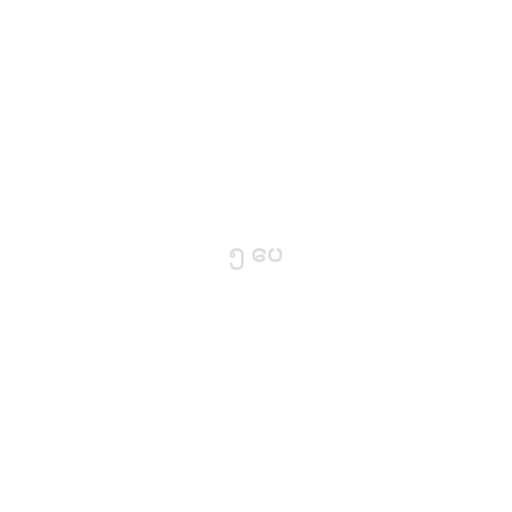
၅ ပေ